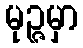
မုဉ္ဇမှာ